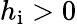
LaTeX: h_{\mathrm{i}}>0